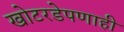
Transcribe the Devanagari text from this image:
खोटरडेपणाही